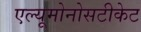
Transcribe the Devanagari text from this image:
एल्यूमोनोसटीकेट